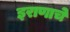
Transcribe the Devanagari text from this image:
इराणाचे